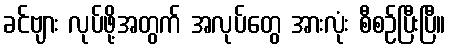
ခင်ဗျား လုပ်ဖို့အတွက် အလုပ်တွေ အားလုံး စီစဉ်ပြီးပြီ။